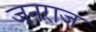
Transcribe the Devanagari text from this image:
जनराज